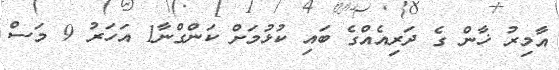
އާމިރު ޚާން ގެ ދަރިއެއްގެ ބައި ކުޅުމަށް ކަންގްނާ1 އަހަރު 9 މަސް